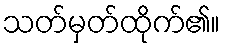
သတ်မှတ်ထိုက်၏။